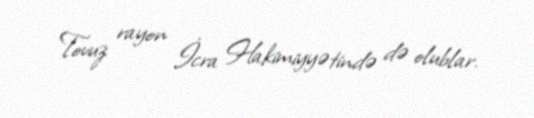
Tovuz rayon İcra Hakimiyyətində də olublar.